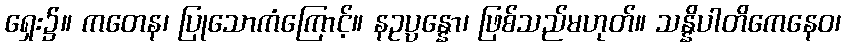
ရှေး၌။ ကတေန၊ ပြုသောကံကြောင့်။ နဥပ္ပန္နော၊ ဖြစ်သည်မဟုတ်။ သန္နိပါတိကေနေဝ၊